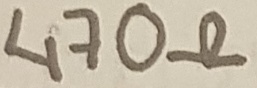
Text: 470Ω